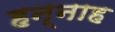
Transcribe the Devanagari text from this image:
हन्नाह